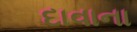
દાવાના